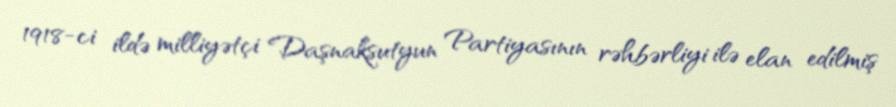
1918-ci ildə milliyətçi Daşnaksutyun Partiyasının rəhbərliyi ilə elan edilmiş